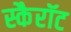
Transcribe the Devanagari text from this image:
स्कैरॉट